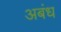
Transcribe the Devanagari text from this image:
अबंध